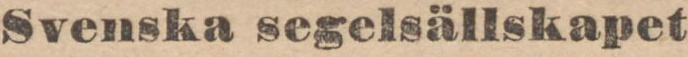
Svenska segelsällskapet